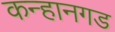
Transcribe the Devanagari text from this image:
कन्हानगड